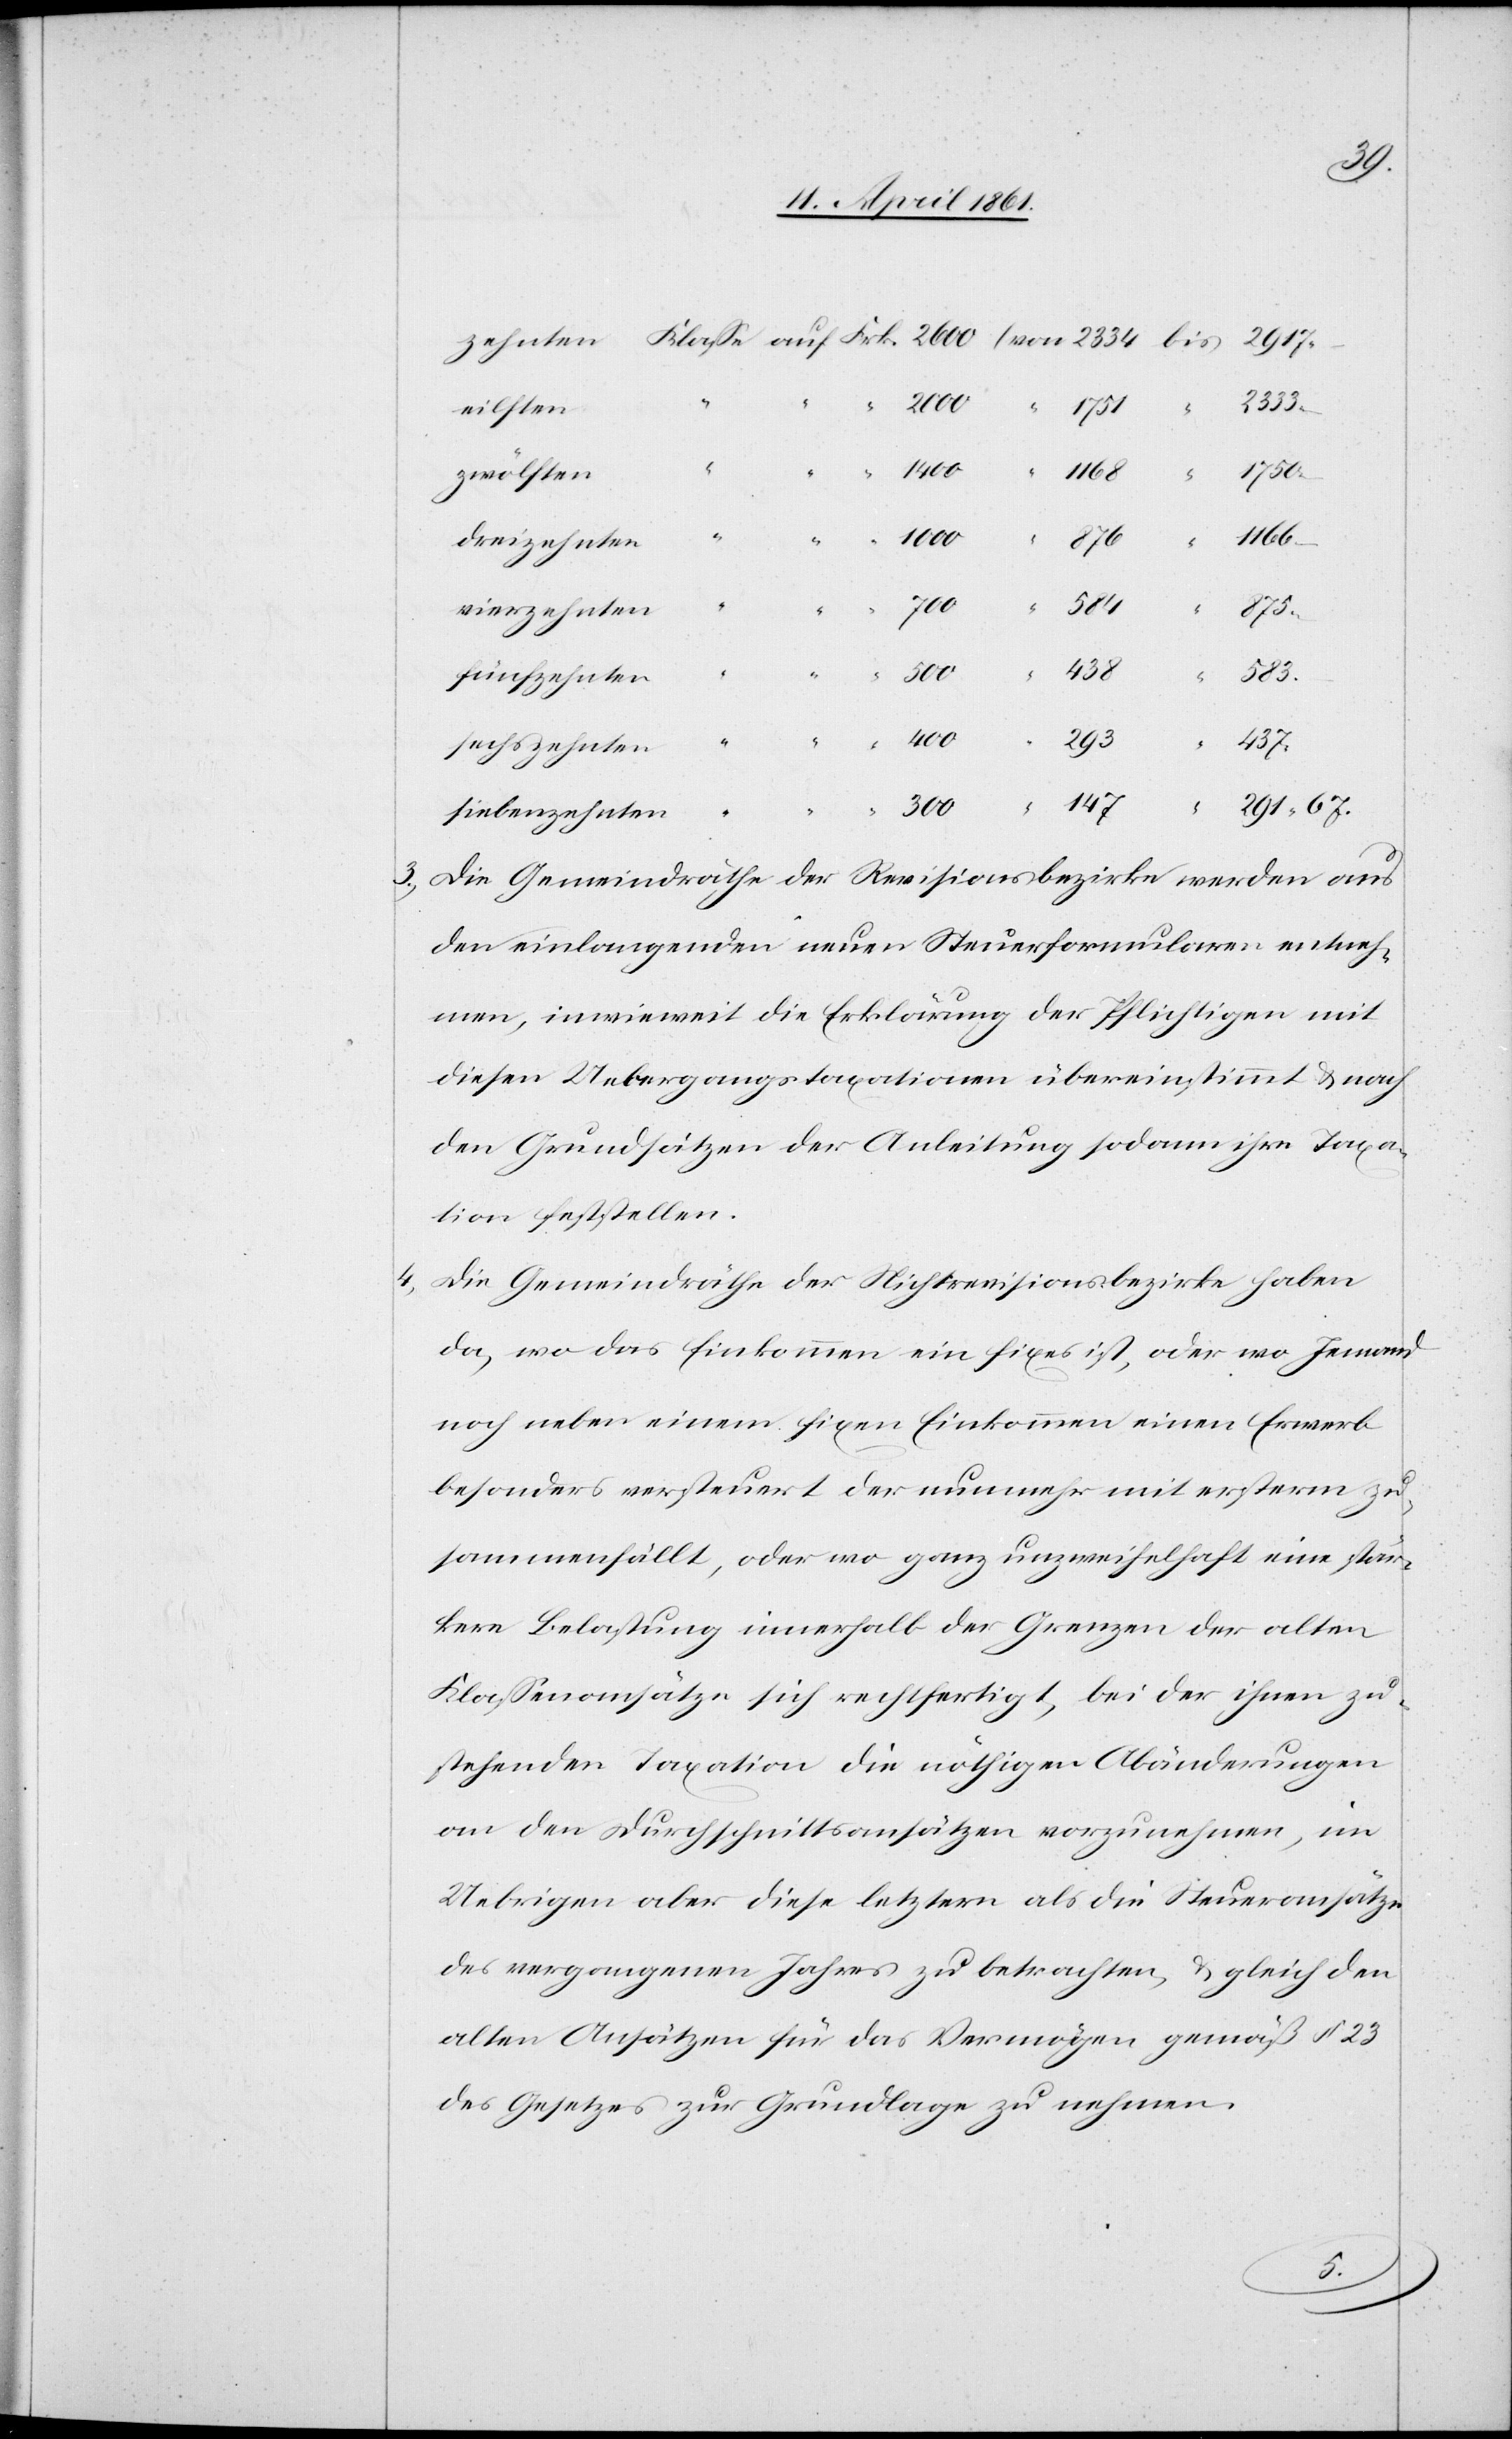
eilften
zwölften
dreizehnten
vierzehnten
fünfzehnten
400
sechszehnten
“
siebenzehnten
3. Die Gemeindräthe der Revisionsbezirke werden auf
den einlangenden neuen Steuerformularen entneh¬
men, inwieweit die Erklärung der Pflichtigen mit
diesen Uebergangstaxationen übereinstimmt u. nach
den Grundsätzen der Anleitung sodann ihre Taxa¬
tion feststellen.
4. Die Gemeindräthe der Nichtrevisionsbezirke haben
da, wo das Einkommen ein fixes ist, oder wo Jemand
noch neben einem fixen Einkommen einen Erwerb
besonders versteuert der nunmehr mit ersterm zu¬
sammenfällt, oder wo ganz unzweifelhaft eine stär¬
kere Belastung innerhalb der Grenzen der alten
Klassenansätze sich rechtfertigt, bei der ihnen zu¬
stehenden Taxation die nöthigen Abänderungen
an den Durchschnittsansätzen vorzunehmen, im
Uebrigen aber diese letztern als die Steueransätze
des vergangenen Jahres zu betrachten, u. gleich den
alten Ansätzen für das Vermögen gemäß § 23
des Gesetzes zur Grundlage zu nehmen.
583